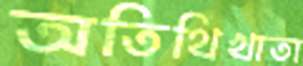
অতিথিখাতা